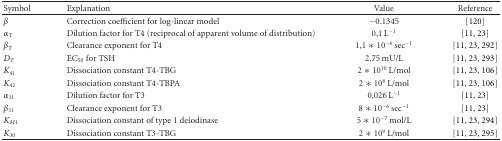
<table><thead><tr><td><b>Symbol</b></td><td><b>Explanation</b></td><td><b>Value</b></td><td><b>Reference</b></td></tr></thead><tbody><tr><td><i>β</i></td><td>Correction coefficient for log-linear model</td><td>−0.1345</td><td>[120]</td></tr><tr><td><i>α</i><sub><i>T</i></sub></td><td>Dilution factor for T4 (reciprocal of apparent volume of distribution)</td><td>0,1 L<sup>−1</sup></td><td>[11, 23]</td></tr><tr><td><i>β</i><sub><i>T</i></sub></td><td>Clearance exponent for T4</td><td>1,1 ∗ 10<sup>−6</sup> sec<sup>−1</sup></td><td>[11, 23, 292]</td></tr><tr><td><i>D</i><sub><i>T</i></sub></td><td>EC<sub>50</sub> for TSH</td><td>2,75 mU/L</td><td>[11, 23, 293]</td></tr><tr><td><i>K</i><sub>41</sub></td><td>Dissociation constant T4-TBG</td><td>2 ∗ 10<sup>10</sup> L/mol</td><td>[11, 23, 106]</td></tr><tr><td><i>K</i><sub>42</sub></td><td>Dissociation constant T4-TBPA</td><td>2 ∗ 10<sup>8</sup> L/mol</td><td>[11, 23, 106]</td></tr><tr><td><i>α</i><sub>31</sub></td><td>Dilution factor for T3</td><td>0,026 L<sup>−1</sup></td><td>[11, 23]</td></tr><tr><td><i>β</i><sub>31</sub></td><td>Clearance exponent for T3</td><td>8 ∗ 10<sup>−6</sup> sec<sup>−1</sup></td><td>[11, 23]</td></tr><tr><td><i>K</i><sub><i>M</i>1</sub></td><td>Dissociation constant of type 1 deiodinase</td><td>5 ∗ 10<sup>−7</sup> mol/L</td><td>[11, 23, 294]</td></tr><tr><td><i>K</i><sub>30</sub></td><td>Dissociation constant T3-TBG</td><td>2 ∗ 10<sup>9</sup> L/mol</td><td>[11, 23, 295]</td></tr></tbody></table>